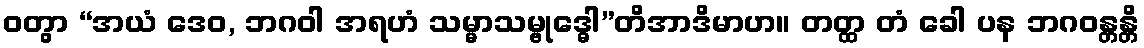
ဝတွာ “အယံ ဒေဝ, ဘဂဝါ အရဟံ သမ္မာသမ္ဗုဒ္ဓေါ”တိအာဒိမာဟ။ တတ္ထ တံ ခေါ ပန ဘဂဝန္တန္တိ